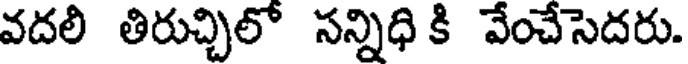
వదలి తిరుచ్చిలో సన్నిధి కి వేంచేసెదరు.